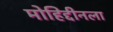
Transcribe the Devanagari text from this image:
मोहिद्दीनला